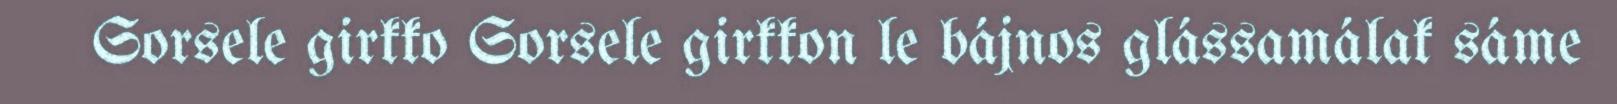
Sorsele girkko Sorsele girkkon le bájnos glássamálak sáme